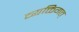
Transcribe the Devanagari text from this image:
व्यक्तिगत्